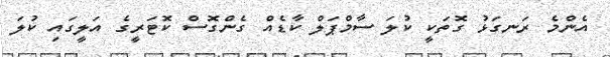
އެންމެ ރަނގަޅު ގޮތަކީ ކުލަ ސާމްޕަލް ކާޑެއް ގެންގޮސް ކޮޓަރީގެ އަލީގައި ކުލަ